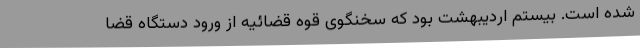
شده است. بیستم اردیبهشت بود که سخنگوی قوه قضائیه از ورود دستگاه قضا